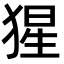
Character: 猩